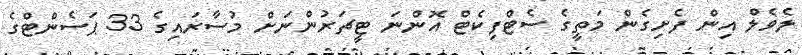
ލެވެލް އިން ފެށިގެން މަތީގެ ސެޓްފިކެޓް އޮންނަ ޓީޗަރުންނަށް މުސާރައިގެ 33 ޕަސެންޓްގެ